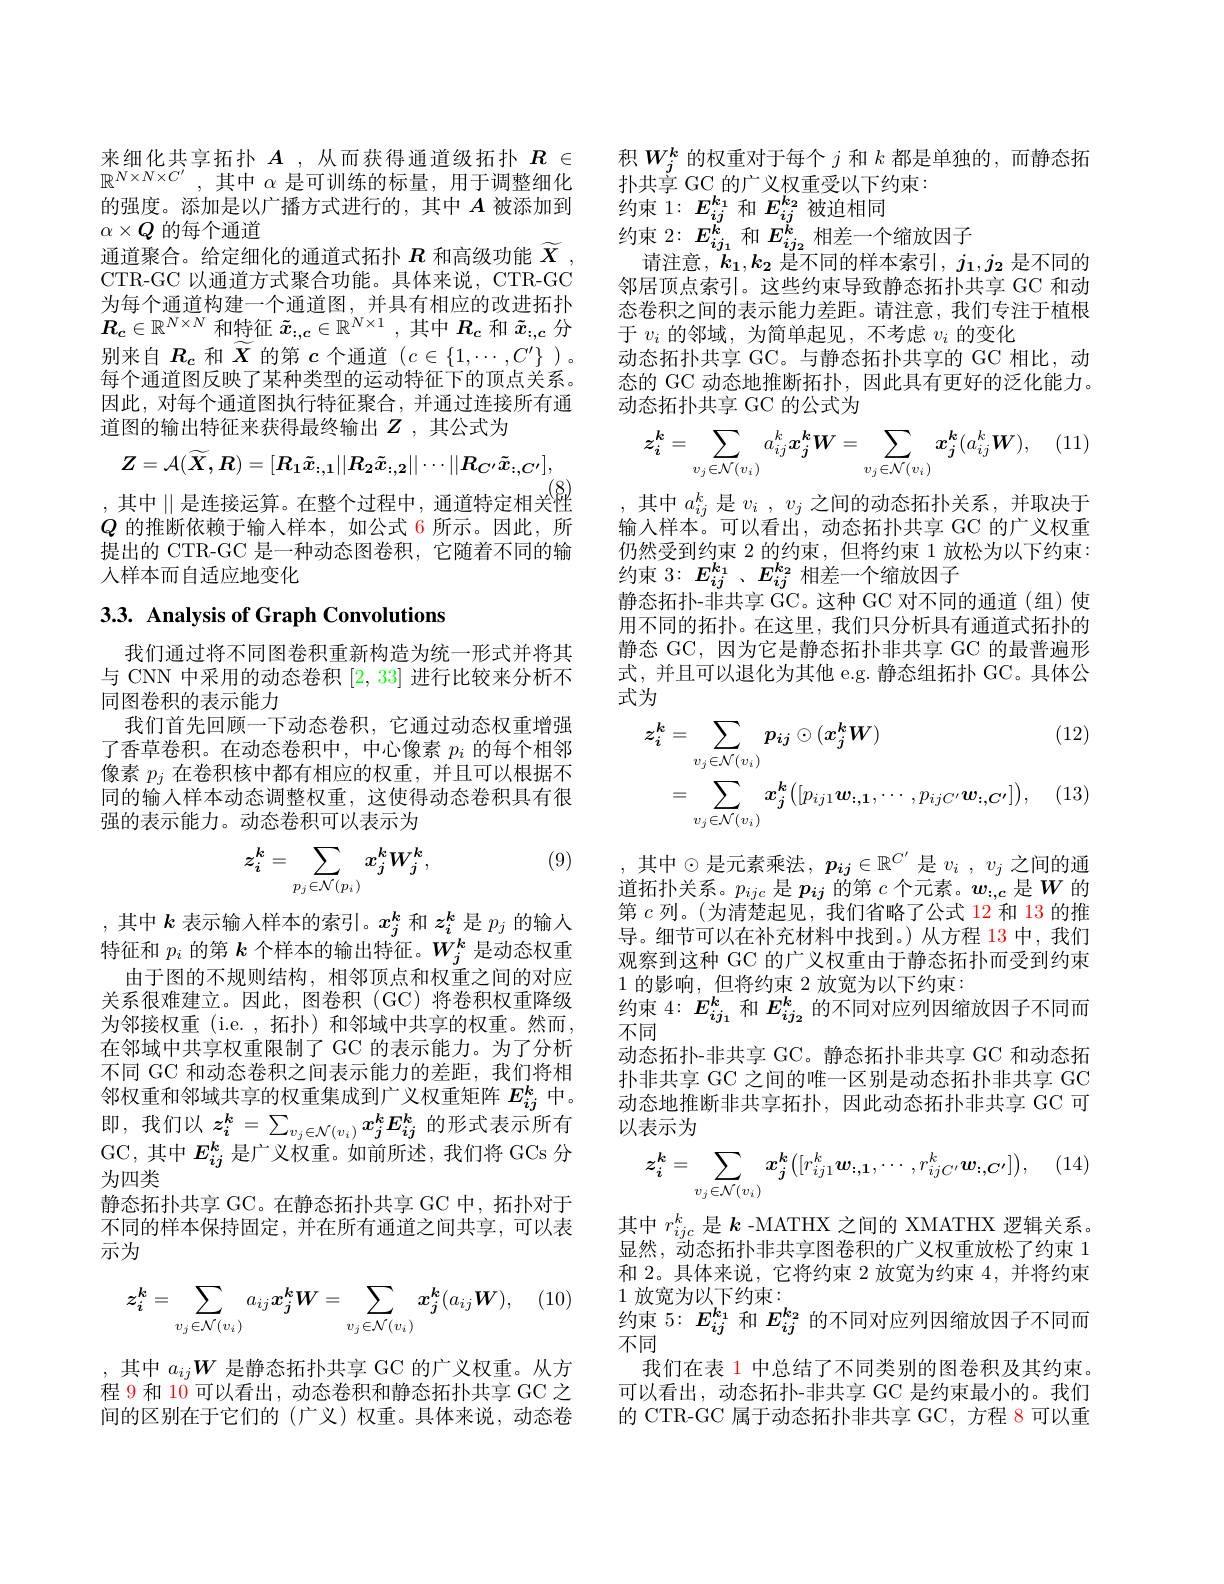
$\begin{array}{l}\text{来细化共享拓扑}A&,\text{从而获得通道级拓扑}&R&\in\\\mathbb{R}^{N\times N\times C^{\prime}},\text{其中 }\alpha&\text{是可训练的标量，用于调整细化}\end{array}$ 的强度。添加是以广播方式进行的，其中$A$被添加到$\alpha\times Q$的每个通道
通道聚合。给定细化的通道式拓扑$R$和高级功能$\widetilde{X}$ CTR-GC 以通道方式聚合功能。具体来说，CTR-GC 为每个通道构建一个通道图，并具有相应的改进拓扑$R_c\in\mathbb{R}^{N\times N}$和特征$\tilde{x}_{:,c}\in\mathbb{R}^{N\times1}$,其中$R_c$和$\tilde{x}_{:,c}$分别来自$R_c$和$\widetilde{X}$的第$c$个通道$(c\in\{1,\cdots,C^\prime\}$ )。每个通道图反映了某种类型的运动特征下的顶点关系。因此，对每个通道图执行特征聚合，并通过连接所有通道图的输出特征来获得最终输出$Z$ ,其公式为
$$Z=\mathcal{A}(\widetilde{X},R)=[R_{1}\tilde{x}_{:,1}||R_{2}\tilde{x}_{:,2}||\cdots||R_{C^{\prime}}\tilde{x}_{:,C^{\prime}}],$$
其中$\mid\mid$是连接运算。在整个过程中，通道特定相关性$Q$的推断依赖于输入样本，如公式 6 所示。因此，所提出的 CTR-GC 是一种动态图卷积，它随着不同的输入样本而自适应地变化

## 3.3. Analysis of Graph Convolutions

我们通过将不同图卷积重新构造为统一形式并将其与 CNN 中采用的动态卷积[2,33]进行比较来分析不同图卷积的表示能力
我们首先回顾一下动态卷积，它通过动态权重增强了香草卷积。在动态卷积中，中心像素$p_i$的每个相邻像素$p_j$在卷积核中都有相应的权重，并且可以根据不同的输人样本动态调整权重，这使得动态卷积具有很强的表示能力。动态卷积可以表示为

(9)
$$z_i^k=\sum_{p_j\in\mathcal{N}(p_i)}x_j^kW_j^k,$$
,其中$k$表示输入样本的索引。$x_j^k$和$z_i^k$是$p_j$的输人特征和$p_i$的第$k$个样本的输出特征。$W_j^k$是动态权重
由于图的不规则结构，相邻顶点和权重之间的对应关系很难建立。因此，图卷积 (GC)将卷积权重降级为邻接权重(i.e.,拓扑)和邻域中共享的权重。然而， 在邻域中共享权重限制了 GC 的表示能力。为了分析不同 GC 和动态卷积之间表示能力的差距，我们将相邻权重和邻域共享的权重集成到广义权重矩阵$E_{ij}^k$中。即，我们以$z_i^k=\sum_{v_j\in\mathcal{N}(v_i)}x_j^kE_{ij}^k$的形式表示所有GC,其中$E_{ij}^k$是广义权重。如前所述，我们将 GCs 分为四类
静态拓扑共享 GC。在静态拓扑共享 GC 中，拓扑对于不同的样本保持固定，并在所有通道之间共享，可以表示为
$$z_{i}^{k}=\sum_{v_{j}\in\mathcal{N}(v_{i})}a_{ij}x_{j}^{k}W=\sum_{v_{j}\in\mathcal{N}(v_{i})}x_{j}^{k}(a_{ij}W),$$
,其中$a_ij\boldsymbol{W}$是静态拓扑共享 GC 的广义权重。从方程 9 和 10 可以看出，动态卷积和静态拓扑共享 GC 之间的区别在于它们的(广义)权重。具体来说，动态卷

积$W_j^k$的权重对于每个$j$和$k$都是单独的 ,而静态拓
扑共享 GC 的广义权重受以下约束：
约束 1: $E_{ij}^{k_1}$和$E_{ij}^{k_2}$被迫相同
约束$2:E_{ij_1}^k$和$E_{ij_2}^k$相差一个缩放因子
请注意，$k_1,k_2$是不同的样本索引$,j_1,j_2$是不同的邻居顶点索引。这些约束导致静态拓扑共享 GC 和动态卷积之间的表示能力差距。请注意，我们专注于植根于$v_i$的邻域，为简单起见，不考虑$v_i$的变化
动态拓扑共享 GC。与静态拓扑共享的 GC 相比，动态的 GC 动态地推断拓扑，因此具有更好的泛化能力。动态拓扑共享 GC 的公式为
$$z_{i}^{k}=\sum_{v_{j}\in\mathcal{N}(v_{i})}a_{ij}^{k}x_{j}^{k}W=\sum_{v_{j}\in\mathcal{N}(v_{i})}x_{j}^{k}(a_{ij}^{k}W),$$
,其中$a_ij^k$ 是$v_i$ , $v_j$ 之间的动态拓扑关系，并取决于输入样本。可以看出，动态拓扑共享 GC 的广义权重仍然受到约束 2 的约束，但将约束 1 放松为以下约束： 约束 3: $E_{ij}^{k_1}$ 、$E_{ij}^{k_2}$相差一个缩放因子
$\tilde{\text{静态拓扑-非共享 GC。这种 GC 对不同的通道(组)使}}$ 用不同的拓扑。在这里，我们只分析具有通道式拓扑的静态 GC, 因为它是静态拓扑非共享 GC 的最普遍形式，并且可以退化为其他 e.g. 静态组拓扑 GC。具体公式为

(12)
$$\begin{aligned}\boldsymbol{z}_{\boldsymbol{i}}^{\boldsymbol{k}}&=\sum_{v_{j}\in\mathcal{N}(v_{i})}p_{\boldsymbol{ij}}\odot(\boldsymbol{x}_{\boldsymbol{j}}^{\boldsymbol{k}}\boldsymbol{W})\\&=\sum_{v_{j}\in\mathcal{N}(v_{i})}\boldsymbol{x}_{\boldsymbol{j}}^{\boldsymbol{k}}\big([p_{ij1}\boldsymbol{w}_{:,\boldsymbol{1}},\cdots,p_{ijC^{\prime}}\boldsymbol{w}_{:,\boldsymbol{C^{\prime}}}]\big),\end{aligned}$$
,其中$\odot$是元素乘法$,p_ij\in\mathbb{R}^{C^{\prime}}$ 是$v_i,v_j$ 之间的通道拓扑关系。$p_ijc$是$p_{ij}$的第$c$个元素。$w_:,c$是$W$的第$c$列。(为清楚起见，我们省略了公式 12 和 13 的推导。细节可以在补充材料中找到。)从方程 13 中，我们观察到这种 GC 的广义权重由于静态拓扑而受到约束1的影响，但将约束 2 放宽为以下约束：
约束$4:E_{ij_1}^k$和$E_{ij_2}^k$的不同对应列因缩放因子不同而
不同
动态拓扑-非共享 GC。静态拓扑非共享 GC 和动态拓扑非共享 GC 之间的唯一区别是动态拓扑非共享 GC 动态地推断非共享拓扑，因此动态拓扑非共享 GC 可以表示为
$$z_{i}^{k}=\sum_{v_{j}\in\mathcal{N}(v_{i})}x_{j}^{k}\big([r_{ij1}^{k}\boldsymbol{w}_{:,1},\cdots,r_{ijC^{\prime}}^{k}\boldsymbol{w}_{:,C^{\prime}}]\big),$$
其中$r_{ijc}^k$是$k$ -MATHX 之间的 XMATHX 逻辑关系。显然，动态拓扑非共享图卷积的广义权重放松了约束 1和 2。具体来说，它将约束 2 放宽为约束 4,并将约束1放宽为以下约束：
约束 5: $E_{ij}^{k_1}$和$E_{ij}^{k_2}$的不同对应列因缩放因子不同而
不同
我们在表 1 中总结了不同类别的图卷积及其约束。可以看出，动态拓扑-非共享 GC 是约束最小的。我们的 CTR-GC 属于动态拓扑非共享 GC, 方程 8 可以重